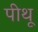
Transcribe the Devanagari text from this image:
पीथू